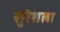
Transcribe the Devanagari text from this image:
सुरेशला